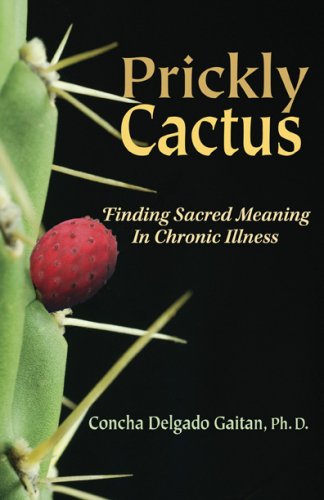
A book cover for Prickly Cactus: Finding Meaning in Chronic Illness; Concha Delgado Gaitan; Health, Fitness & Dieting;